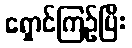
ရှောင်ကြဉ်ပြီး